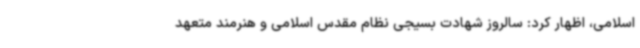
اسلامی، اظهار کرد: سالروز شهادت بسیجی نظام مقدس اسلامی و هنرمند متعهد